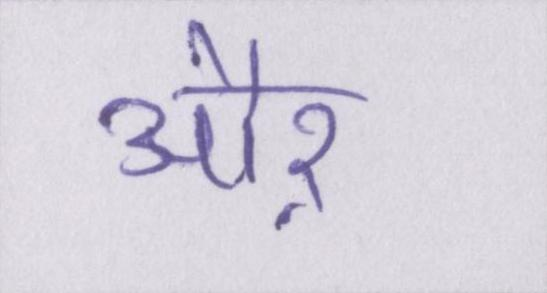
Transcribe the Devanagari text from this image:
औऱ